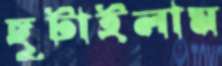
ছুটাইলাম